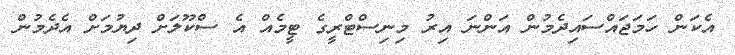
އެކަން ހަމަޖައްސައިދެމުން އަންނަ އިރު މިނިސްޓްރީގެ ޓީމެއް އެ ސްކޫލަށް ދިޔުމަށް އެދެމުން